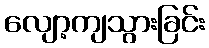
လျော့ကျသွားခြင်း